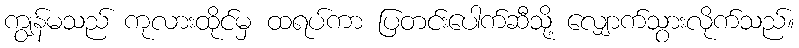
ကျွန်မသည် ကုလားထိုင်မှ ထရပ်ကာ ပြတင်းပေါက်ဆီသို့ လျှောက်သွားလိုက်သည်။